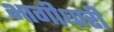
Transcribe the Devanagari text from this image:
भागीधारी